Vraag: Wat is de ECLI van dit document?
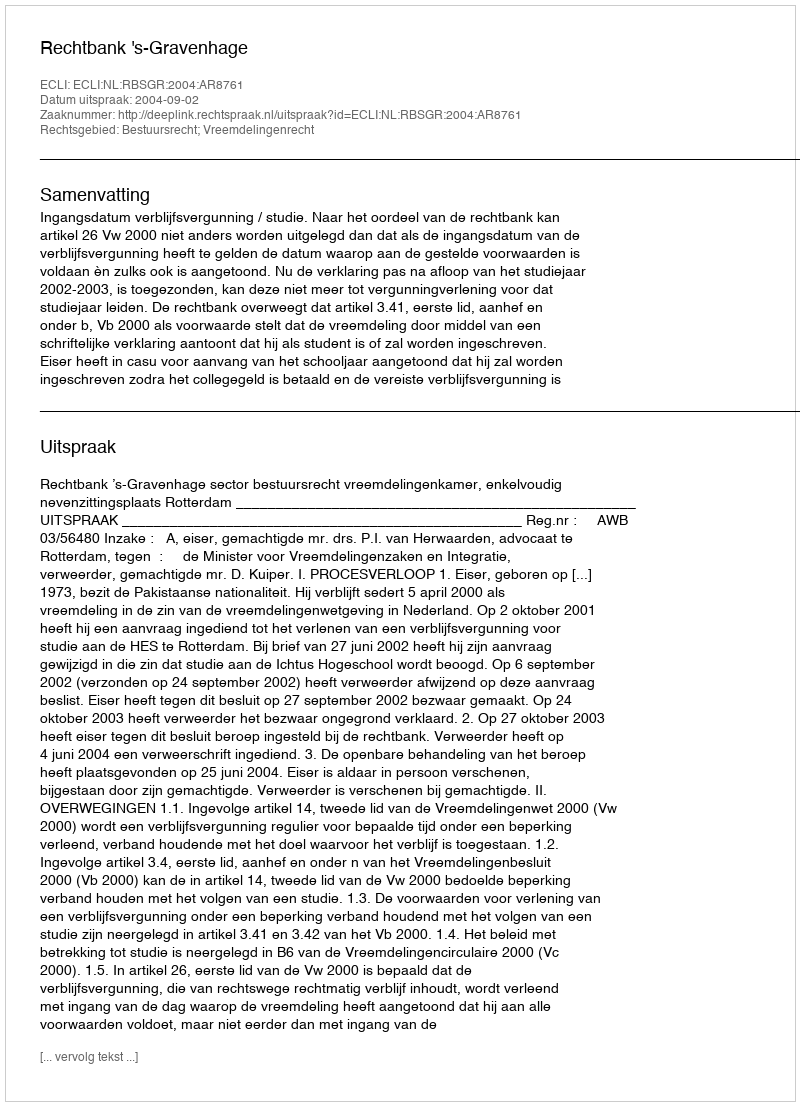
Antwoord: ECLI:NL:RBSGR:2004:AR8761